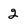
Character: 2